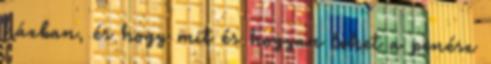
házban, és hogy mit és hogyan lehet a penész